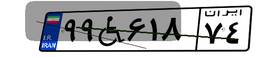
۳۰W۳۲۶۹۱